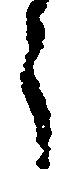
う